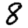
Digit: 8